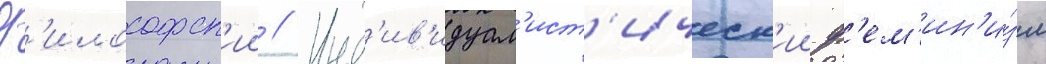
Ф'илософск'ии // Инд'ив'идуал'ист'ическ'ии ф'ем'ин'и́зм